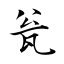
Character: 瓮